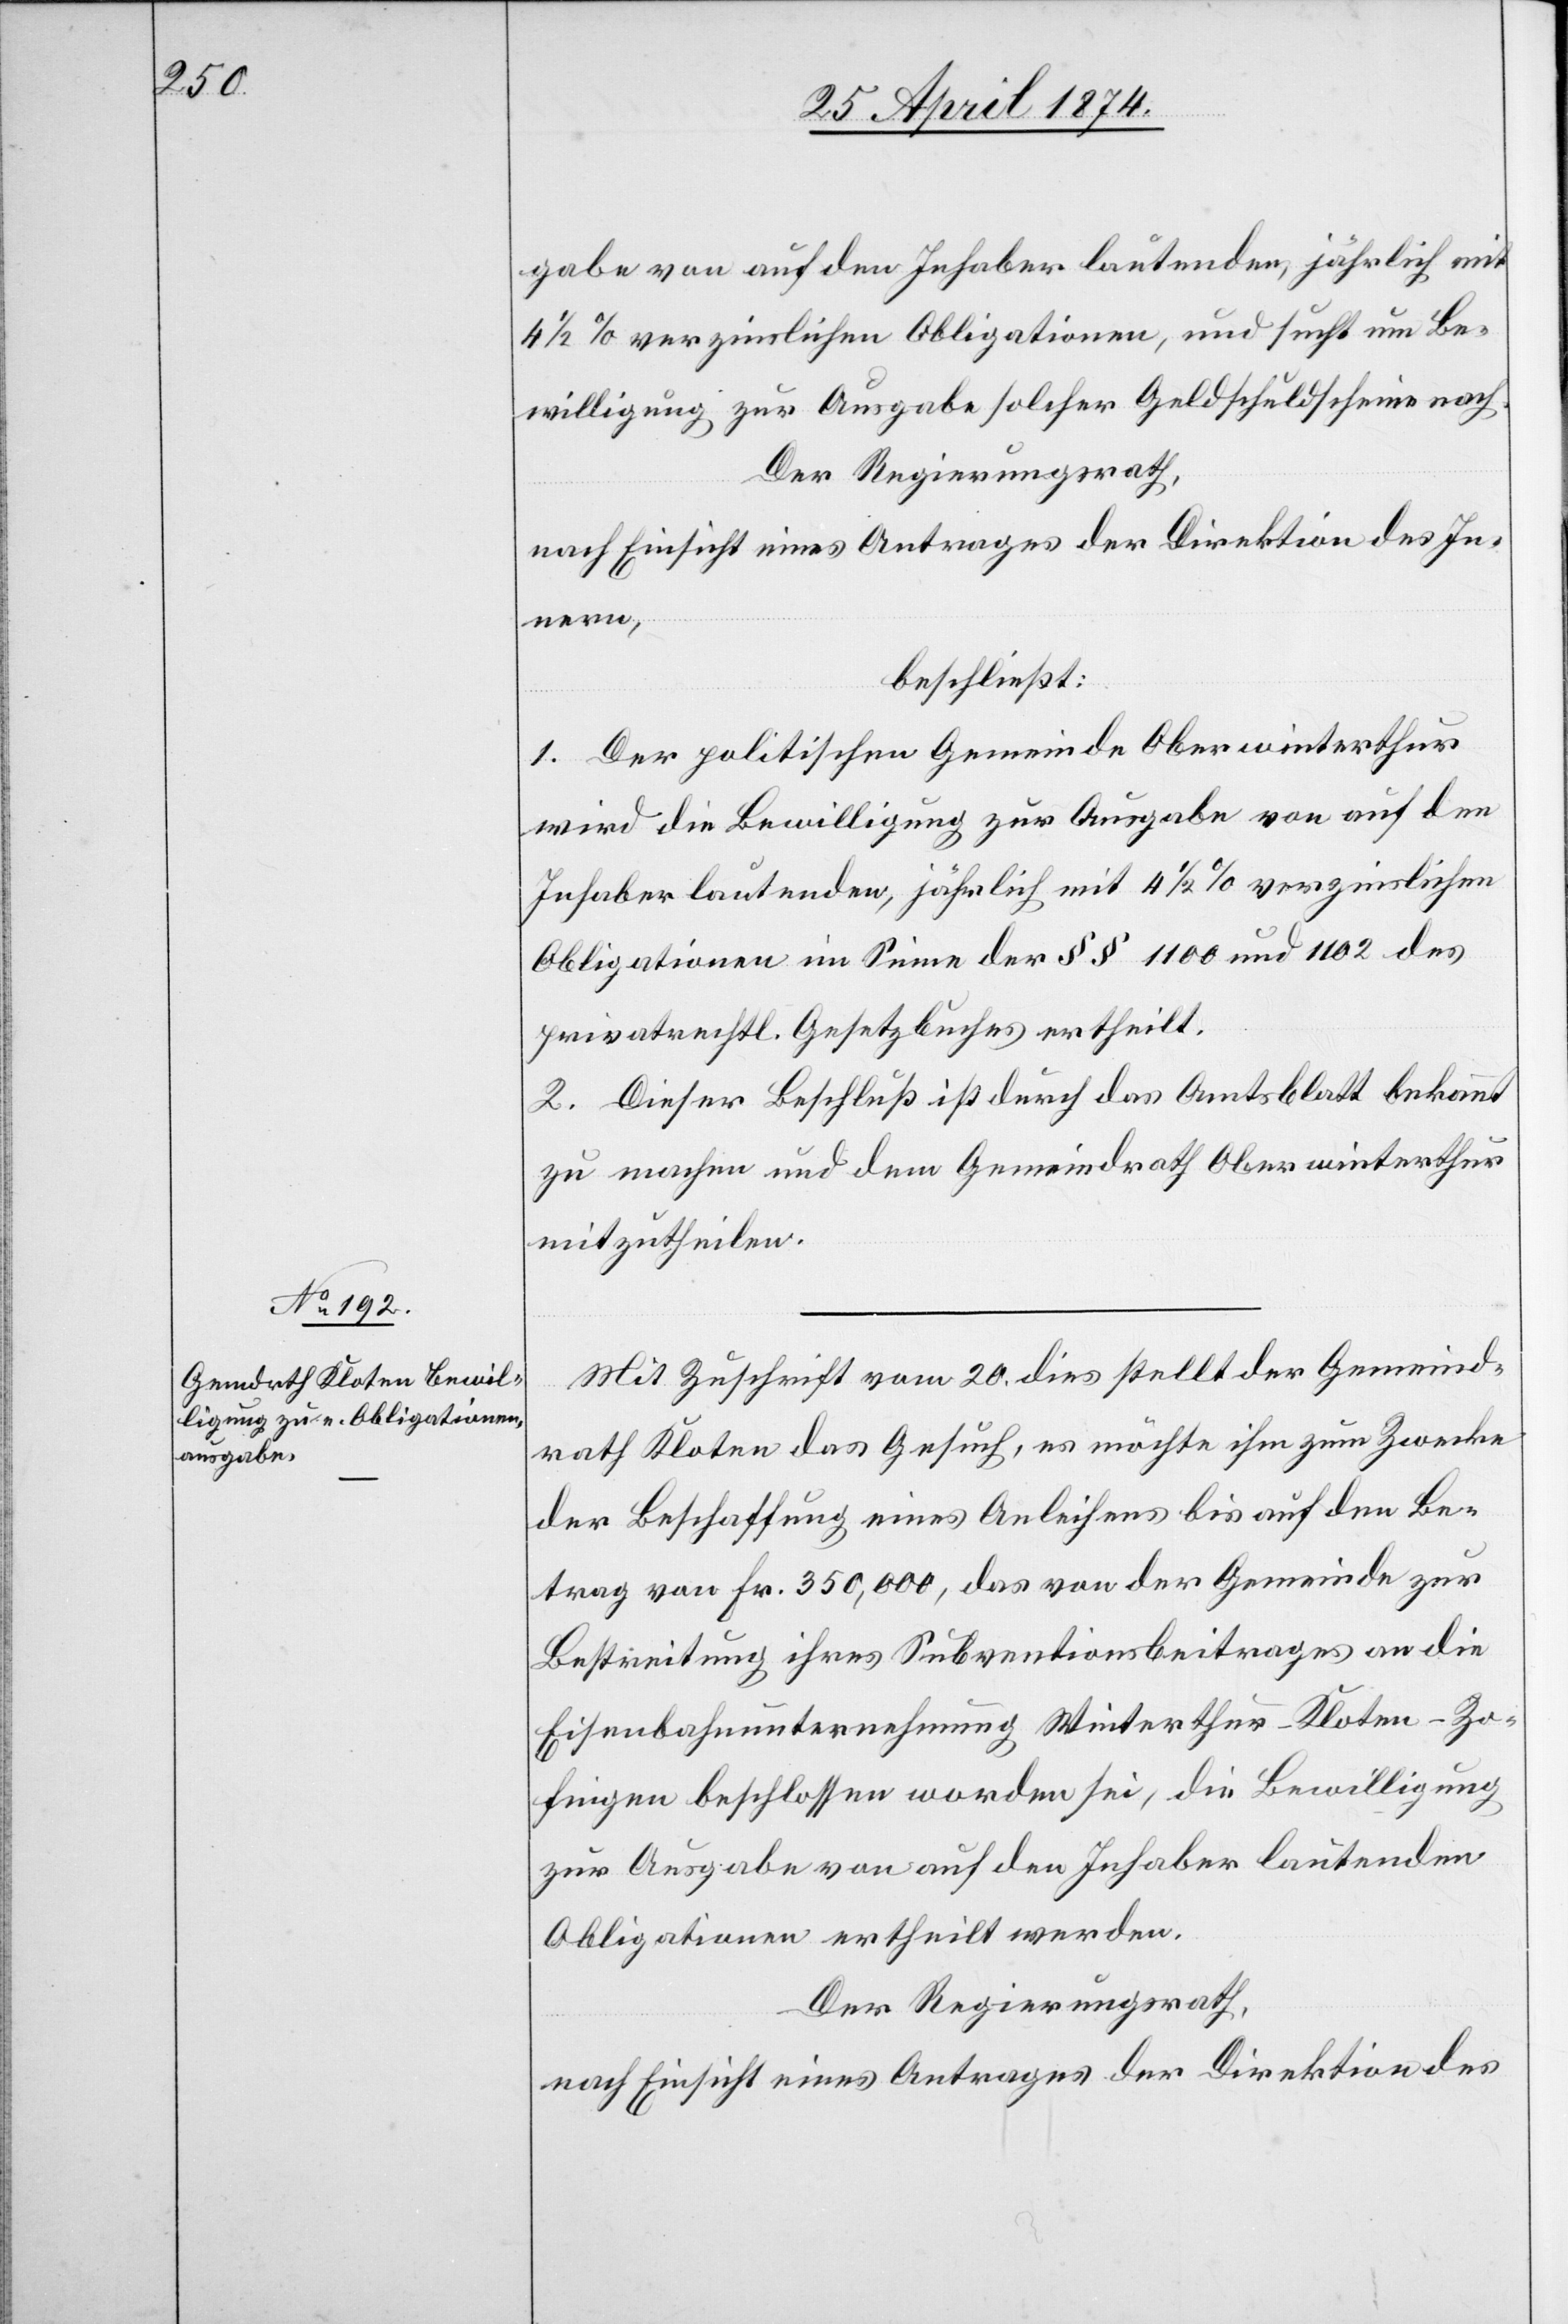
gabe von auf den Inhaber lautenden, jährlich mit
4 1/2% verzinslichen Obligationen, und sucht um Be¬
willigung zur Ausgabe solcher Geldschuldscheine nach.
Der Regierungsrath,
nach Einsicht eines Antrages der Direktion des In¬
nern,
beschließt:
1. Der politischen Gemeinde Oberwinterthur
wird die Bewilligung zur Ausgabe von auf den
Inhaber lautenden, jährlich mit 4 1/2% verzinslichen
Obligationen im Sinne der §§ 1100 und 1102 des
privatrechtl. Gesetzbuches ertheilt.
2. Dieser Beschluß ist durch das Amtsblatt bekannt
zu machen und dem Gemeindrath Oberwinterthur
mitzutheilen.
Mit Zuschrift vom 20. dies stellt der Gemeind¬
rath Kloten das Gesuch, es möchte ihm zum Zwecke
der Beschaffung eines Anleihens bis auf den Be¬
trag von Fr. 350,000, das von der Gemeinde zur
Bestreitung ihres Subventionsbeitrages an die
Eisenbahnunternehmung Winterthur-Kloten-Zo¬
fingen beschlossen worden sei, die Bewilligung
zur Ausgabe von auf den Inhaber lautenden
Obligationen ertheilt werden.
Der Regierungsrath,
nach Einsicht eines Antrages der Direktion des